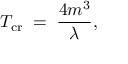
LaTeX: T _ { \mathrm { c r } } \; = \; \frac { 4 m ^ { 3 } } { \lambda } ,